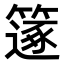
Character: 𥳤